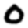
Digit: 0